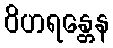
ဝိဟရန္တေန